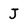
Character: J